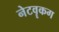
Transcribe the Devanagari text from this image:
नेटवॄकग